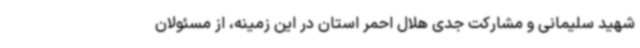
شهید سلیمانی و مشارکت جدی هلال احمر استان در این زمینه، از مسئولان